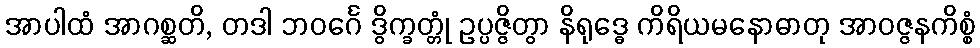
အာပါထံ အာဂစ္ဆတိ, တဒါ ဘဝင်္ဂေ ဒွိက္ခတ္တုံ ဥပ္ပဇ္ဇိတွာ နိရုဒ္ဓေ ကိရိယမနောဓာတု အာဝဇ္ဇနကိစ္စံ